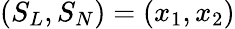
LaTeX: (S_{L},S_{N})=(x_{1},x_{2})